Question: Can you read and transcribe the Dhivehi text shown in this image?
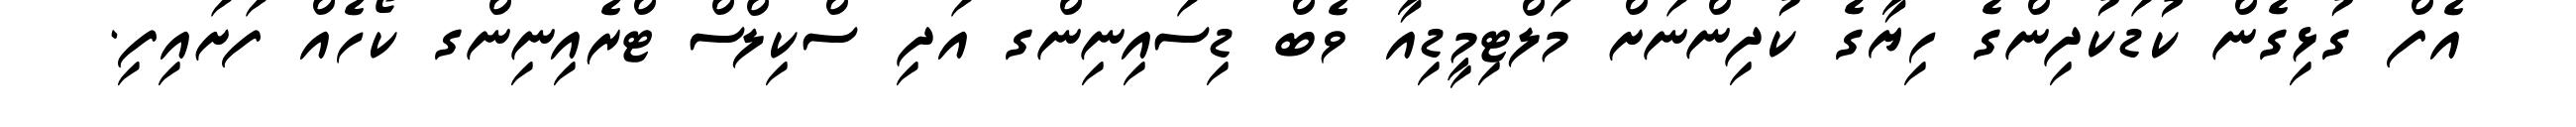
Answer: އެފް ގުޅިގެން ކުޑަކުދިންގެ ހިޔާގެ ކުދިންނަށް މަލްޓިމީޑިއާ ވެބް ޑިސައިނިންގ އަދި ސްކިލްސް ޓްރެއިނިންގ ކޯހެއް ފަށައިފި.